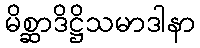
မိစ္ဆာဒိဋ္ဌိသမာဒါနာ